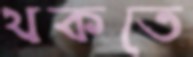
থকতে